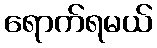
ရောက်ရမယ်